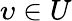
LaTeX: \upsilon\in U